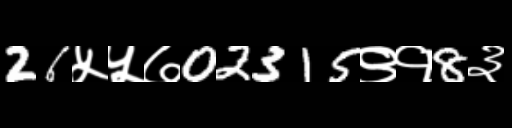
Text: 26५५७02315९१8३